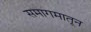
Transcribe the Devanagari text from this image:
समागमातून